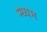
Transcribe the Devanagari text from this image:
म्ध्यम